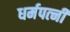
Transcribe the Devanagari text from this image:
धर्मपत्‍नी